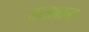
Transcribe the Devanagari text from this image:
बरख़ान